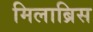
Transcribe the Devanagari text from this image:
मिलाब्रिस